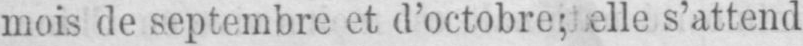
mois de septembre et d’octobre; elle s’attend